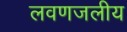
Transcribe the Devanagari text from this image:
लवणजलीय